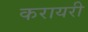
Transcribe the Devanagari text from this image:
करायरी